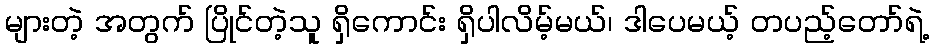
များတဲ့ အတွက် ပြိုင်တဲ့သူ ရှိကောင်း ရှိပါလိမ့်မယ်၊ ဒါပေမယ့် တပည့်တော်ရဲ့